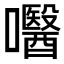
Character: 𡄵